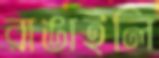
রাঙাইলি